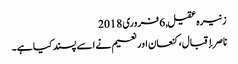
زنیرہ عقیل, ‏6 فروری 2018
ناصر إقبال، کنعان اور نعیم نے اسے پسند کیا ہے۔